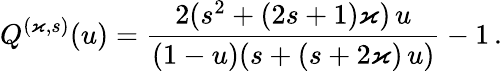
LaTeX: Q^{(\varkappa,s)}(u)=\frac{2(s^{2}+(2s+1)\varkappa)\, u}{(1-u)(s+(s+2\varkappa)\, u)}-1\, .